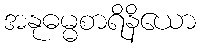
အနုဓမ္မစာရိနိယော